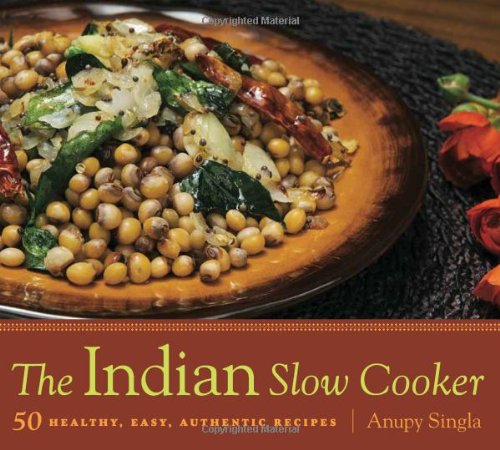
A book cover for The Indian Slow Cooker: 50 Healthy, Easy, Authentic Recipes; Anupy Singla; Cookbooks, Food & Wine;